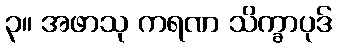
၃။ အဖာသု ကရဏ သိက္ခာပုဒ်